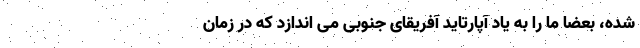
شده، بعضا ما را به یاد آپارتاید آفریقای جنوبی می اندازد که در زمان